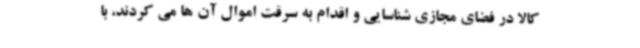
کالا در فضای مجازی شناسایی و اقدام به سرقت اموال آن ها می کردند، با